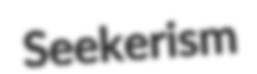
Seekerism